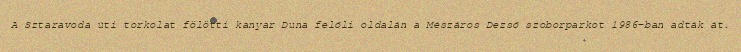
A Sztaravoda úti torkolat fölötti kanyar Duna felőli oldalán a Mészáros Dezső szoborparkot 1986-ban adták át.